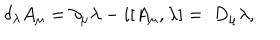
LaTeX: \delta _ { \lambda } A _ { \mu } = \partial _ { \mu } \lambda - i [ A _ { \mu } , \lambda ] = : D _ { \mu } \lambda ,